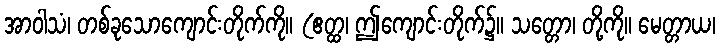
အာဝါသံ၊ တစ်ခုသောကျောင်းတိုက်ကို။ (ဧတ္ထ၊ ဤကျောင်းတိုက်၌။ သတ္တော၊ တို့ကို။ မေတ္တာယ၊